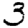
Digit: 3